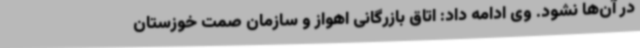
در آن‌ها نشود. وی ادامه داد: اتاق بازرگانی اهواز و سازمان صمت خوزستان